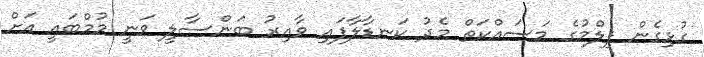
ގުޅިގެން ފިލްމުގެ މަސައްކަތް މެދު ކަނޑާލާފައި ވާއިރު ބަންސާލީ ވަނީ މުމްބައީ އަށް